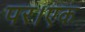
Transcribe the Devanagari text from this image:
पर।एक